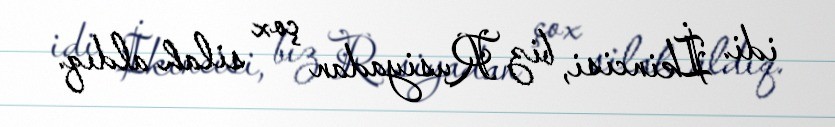
idi. İkincisi, biz Rusiyadan çox silah aldıq.